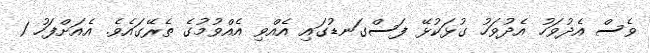
ވެސް އެދުވަހު އެދުވަހު ގުޅަކުޅޭ ފަސްގަނޑުގައި އެއްވި އެއްވުމުގެ ތެރޭގައެވެ. އެއަށްފަހު 1